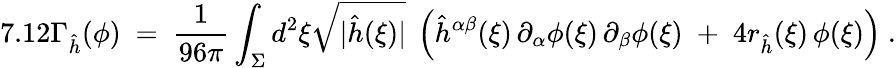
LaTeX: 7.12\Gamma_{\hat{h}}(\phi)\ =\ \frac{1}{96\pi}\int_{\Sigma}d^{2}\xi\sqrt{|\hat{h}(\xi)|}\ \left(\hat{h}^{\alpha\beta}(\xi)\, \partial_{\alpha}\phi(\xi)\, \partial_{\beta}\phi(\xi)\; +\; 4r_{\hat{h}}(\xi)\, \phi(\xi)\right)\ .